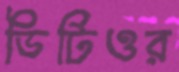
ডিটিওর